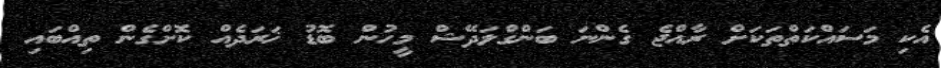
އެކި މަސައްކަތްތަކަށް ރާއްޖެ ގެންނަ ބަންގްލަދޭޝް މީހުން ބޮޑު ޚަރަދެއް ކޮށްގެން ތިއްބައި